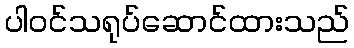
ပါဝင်သရုပ်ဆောင်ထားသည်